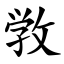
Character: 敩